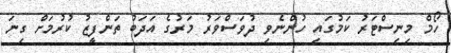
ހޯމް މިނިސްޓަރު ކަމުގައި ހުންނެވި ދުވަސްވަރު މަރުގެ އަދަބު ތަންފީޒު ކުރުމަށް ގިނަ